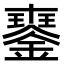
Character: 𨫹